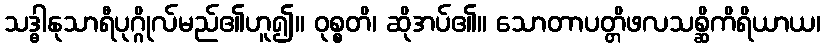
သဒ္ဓါနုသာရီပုဂ္ဂိုလ်မည်၏ဟူ၍။ ဝုစ္စတိ၊ ဆိုအပ်၏။ သောတာပတ္တိဖလသစ္ဆိကိရိယာယ၊